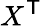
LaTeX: X^{\textsf{T}}